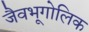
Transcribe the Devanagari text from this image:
जैवभूगोलिक